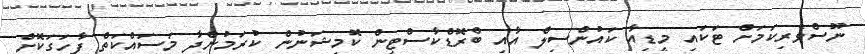
ނޫސްވެރިކަމަށް ޓަކައި މީޑިއާ ކައުންސިލް އާއި ބްރޮޑްކާސްޓިން ކޮމިޝަނުން ކުރަމުންދާ މަސައްކަތް ފާހަގަކޮށް